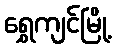
ရွှေကျင်မြို့